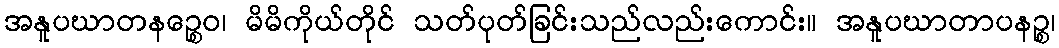
အနူပဃာတနဉ္စေဝ၊ မိမိကိုယ်တိုင် သတ်ပုတ်ခြင်းသည်လည်းကောင်း။ အနူပဃာတာပနဉ္စ၊